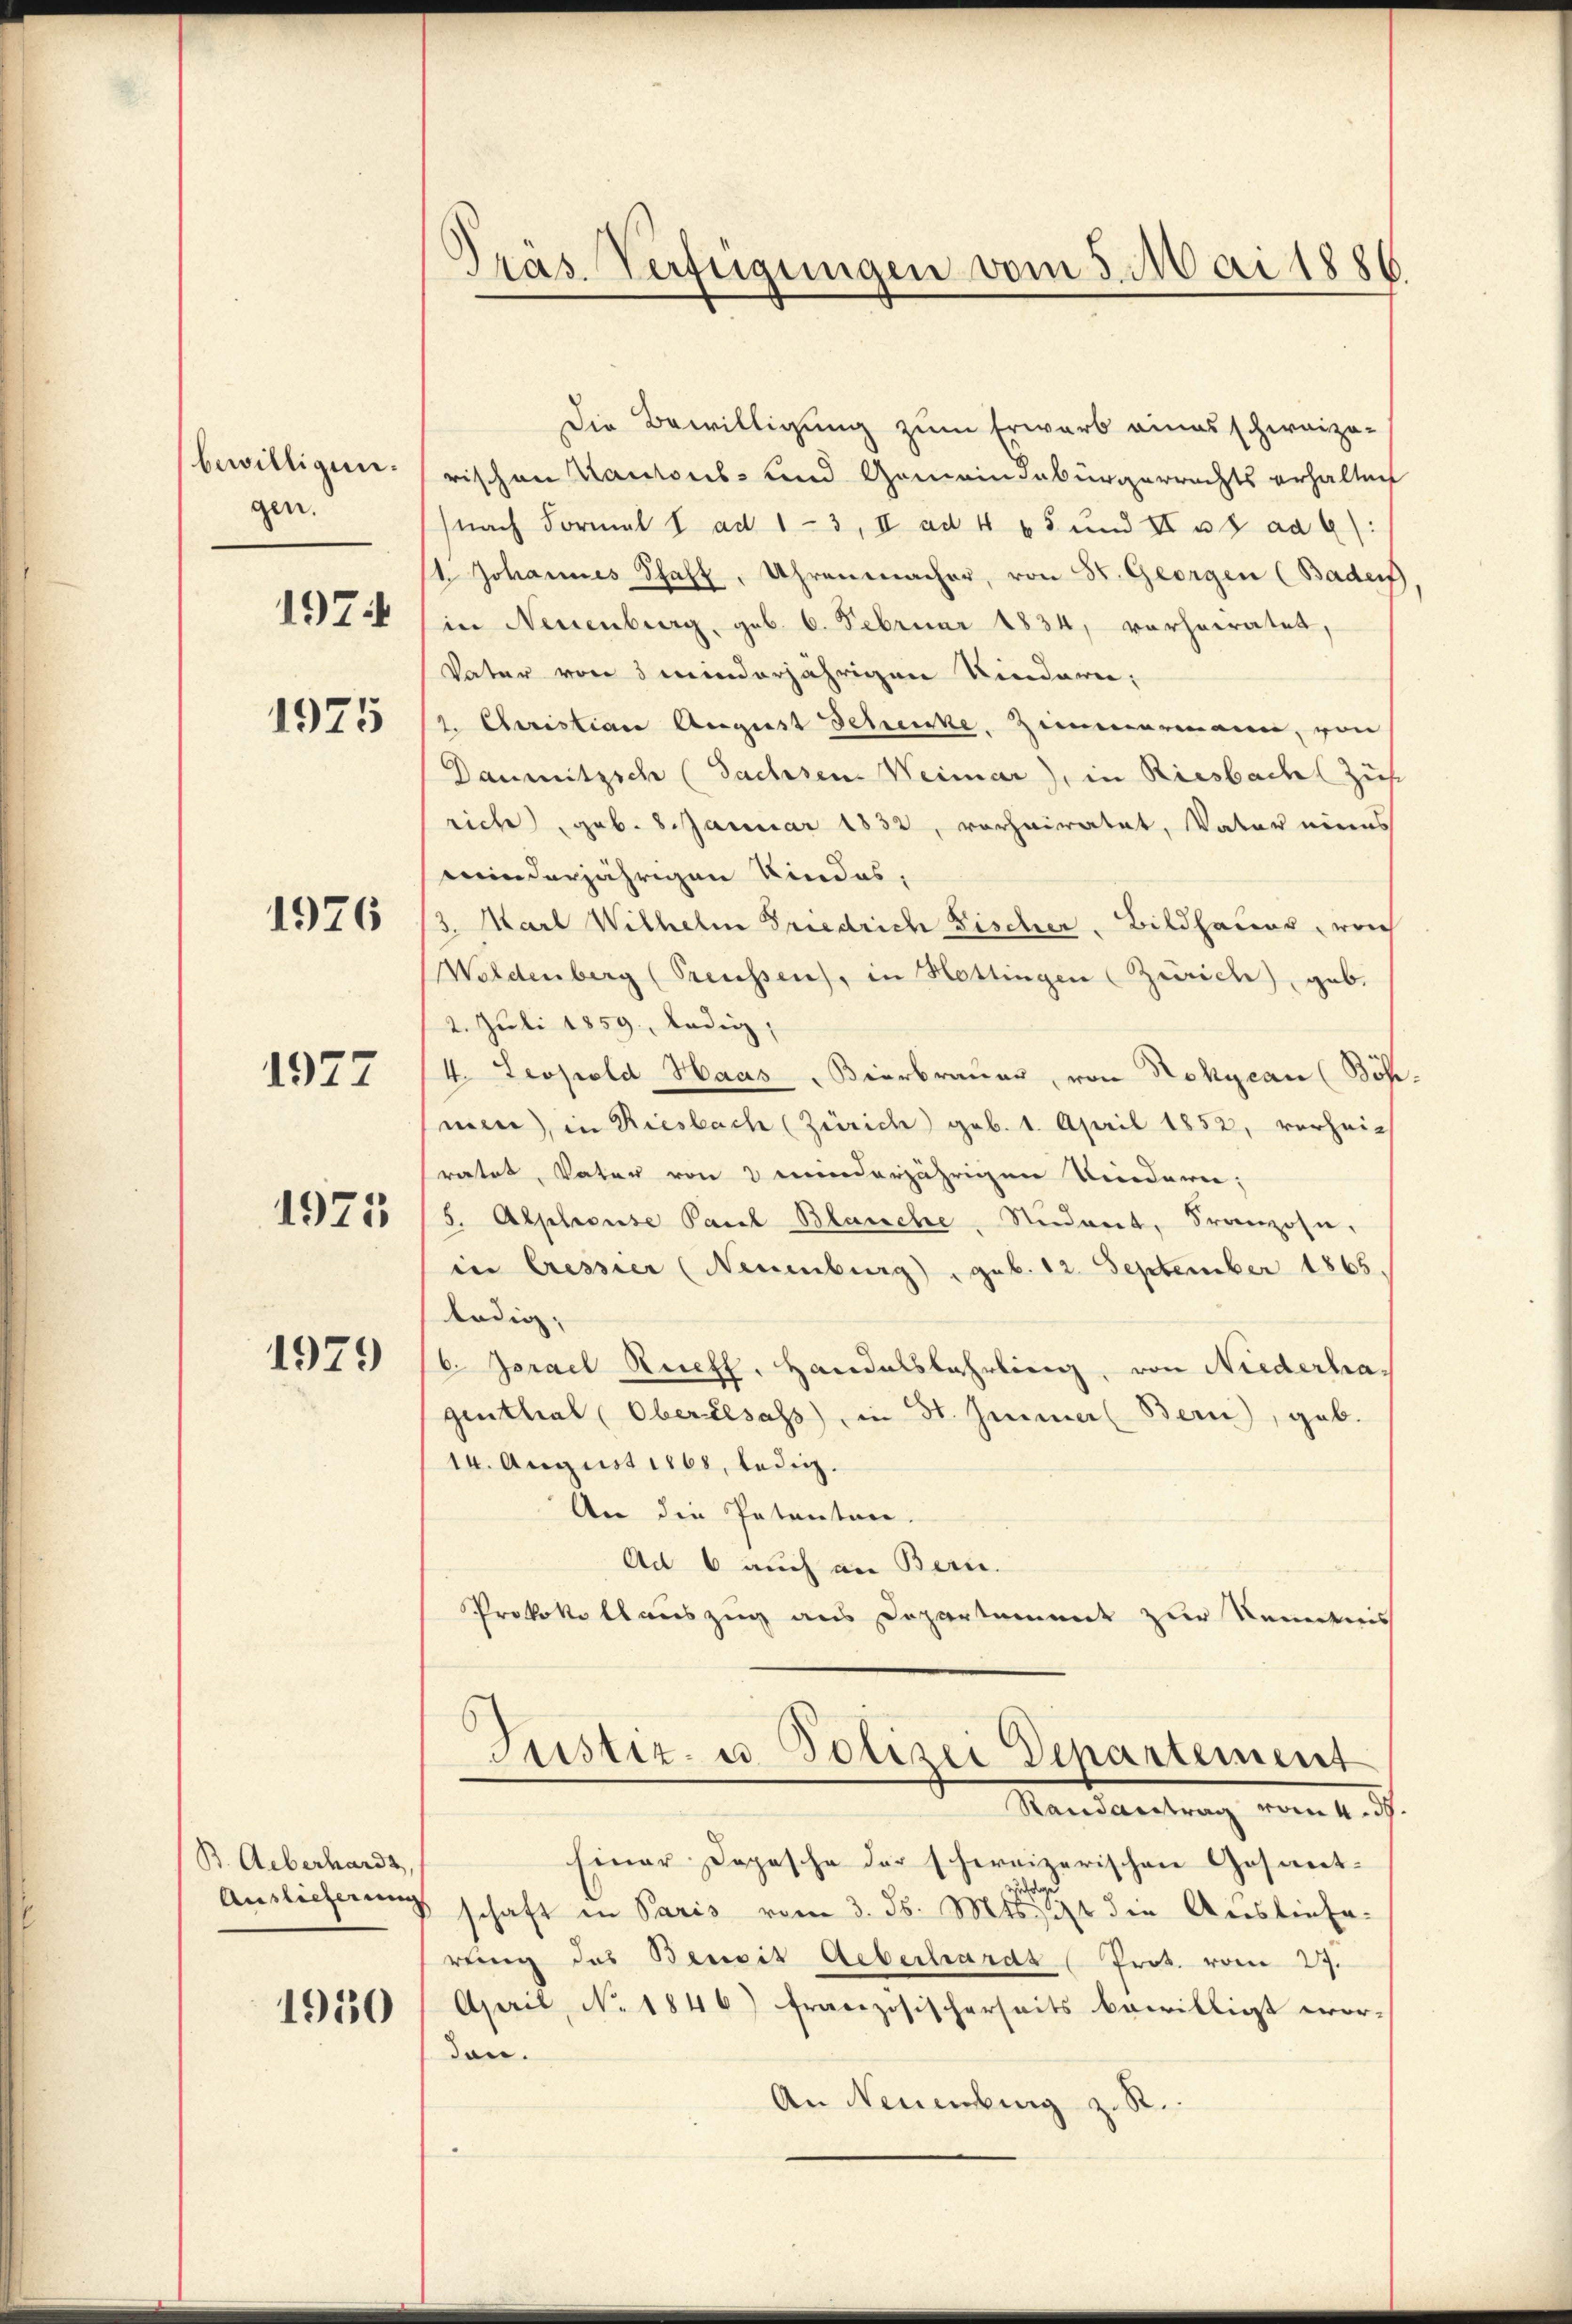
bewilligen.
gen.
1974
1925

1976

1927

1975

1979

B. Ueberhardt,
Auslieferung

1950

Präs. Verfügungen vom 5. Mai 1886.

Die Bewilligung zum Erwarb amas schweize-
rischen Kantons- und Gemeindebürgerrechts erhalten
(nach Formal I ad 13, II ad 465 und II 38 aa 4):
t Johannes Schaft, Uhrenmacher, von St. Georgen (Baden
in Neuenburg, geb. 6. Februar 1834, vorheiratet,
Vater von 5 minderjährigen Kindern,
2. Christian August Schenke, Zimmermann, von
Daumitzsche (Sachsen. Weimar), in Riesbach Zus
rich, geb. 8. Januar 1832, vorheiratet, Vater eines
minderjährigen Kindes,
/3. Marl Wilhelm Friedrich Fischer, Bildhaus, weich
eldenberg (Preussen, in Hottingen (Zürich, gab.
2. Juli 1859, ledig,
4. Leopold Haas, Bierbrauer, von Nokycan (Böh-
men, in Riesbach (Zürich geb. 1. April 1852, verhei-
ratet, Vater von 2 minderjährigen Friederen;
5. Alphouse Paul Blanche Student, Franzose,
in Cressier (Neuenburg), geb. 12. September 1865.
ledig,
b. Israel Ruefl, Handalsbahrling, von Niederhagenthal (Oberalsass, in St. Immer Bern, gab.
14. August 1868, ledig.
An die Petenten
Ad 6 auch an Bern.
Protokollauszug aus Departammt zur Kenntnis

Einer Depesche der schweizerischen Gosant-

schaft in Paris vom 3. ds. Mts. ist den Auslieferung des Benoit Aeberhards (Prot. vom 27.
April, No. 1846) französischerseits bewilligt wor-
don.
An Neuenburg z. R.

Justiz- u. Polizei Departement
Randantrag vom 4. d.